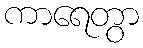
ကာရေတွာ